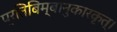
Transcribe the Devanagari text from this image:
प्रतिबिम्बानुकारकृत्‌।